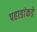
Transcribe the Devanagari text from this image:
पहाडांकडे